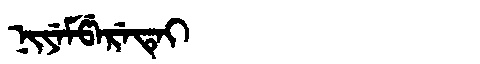
Manchu: ᠨᡳᠶᡝᠮᡦᡝᡵᡝᡨᡝᡳ
Romanization: NIYEMPERETEI